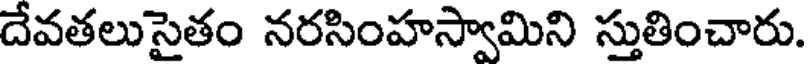
దేవతలుసైతం నరసింహస్వామిని స్తుతించారు.